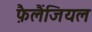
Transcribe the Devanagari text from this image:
फ़ैलैंजियल